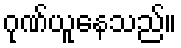
ဂုဏ်ယူနေသည်။